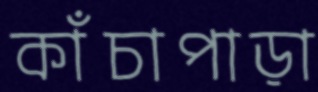
কাঁচাপাড়া